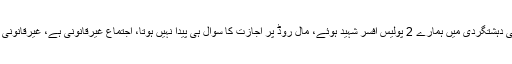
انہوں نے کہا کہ مال روڈ پر پہلے بھی دہشتگردی میں ہمارے 2 پولیس افسر شہید ہوئے، مال روڈ پر اجازت کا سوال ہی پیدا نہیں ہوتا، اجتماع غیرقانونی ہے، غیرقانونی اجتماع پر مقدمات بھی درج ہوں گے۔